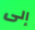
إلى